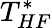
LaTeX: T_{HF}^{*}